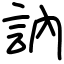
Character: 訥